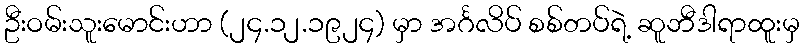
ဦးဝမ်းသူးမောင်းဟာ (၂၄.၁၂.၁၉၂၄) မှာ အင်္ဂလိပ် စစ်တပ်ရဲ့ ဆူဘီဒါရာထူးမှ